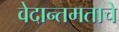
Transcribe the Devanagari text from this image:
वेदान्तमताचे